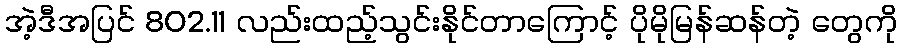
အဲ့ဒီအပြင် 802.11 လည်းထည့်သွင်းနိုင်တာကြောင့် ပိုမိုမြန်ဆန်တဲ့ တွေကို